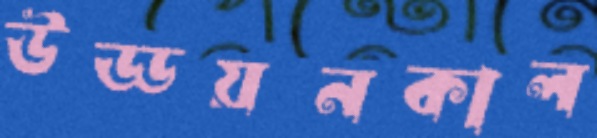
উড্ডয়নকাল